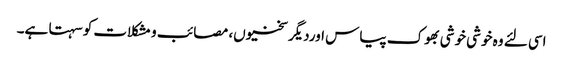
اسی لئے وہ خوشی خوشی بھوک پیاس اوردیگرسختیوں، مصائب و مشکلات کو سہتا ہے۔